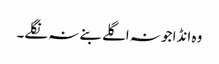
وہ انڈا جو نہ اگلے بنے نہ نگلے۔